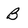
Character: B